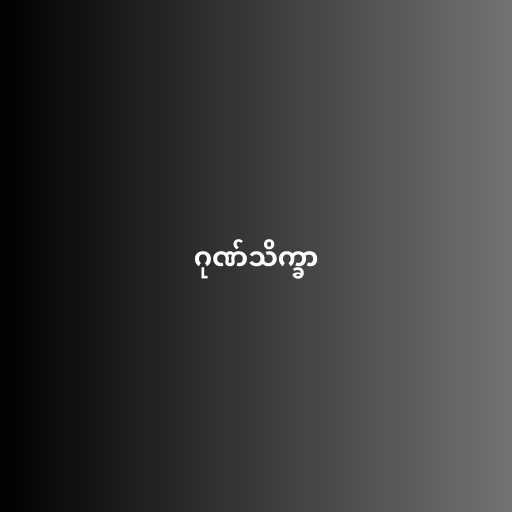
ဂုဏ်သိက္ခာ